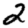
Digit: 2